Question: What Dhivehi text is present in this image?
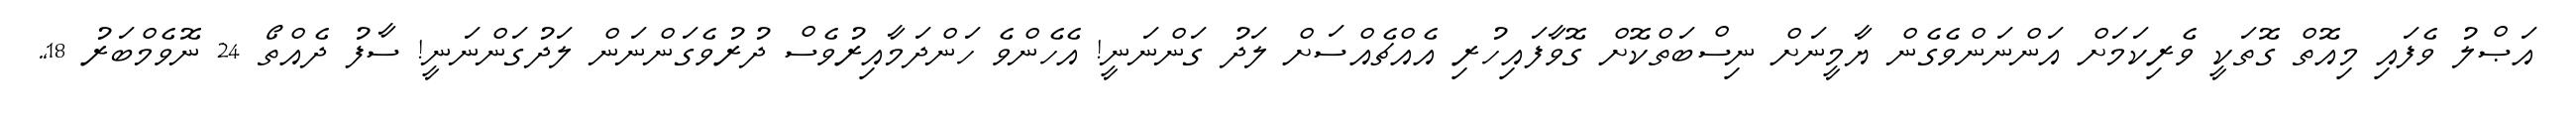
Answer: އަޞްލު ވެފައި މިއޮތް ގޮތަކީ ވެރިކަމަށް އަންނަންވެގެން ޔާމީނަށް ނިސްބަތްކޮށް ގޮވާފައިހުރި އެއްޗެއްސަށް ލަދު ގަންނަނީ! އެހެންވެ ހަންދަމާއިރުވެސް ދުރުވެގަންނަން ލަދުގަންނަނީ! ސާފު ދެއްތޯ 24 ނޮވެމްބަރު 18,.